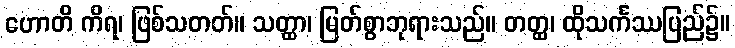
ဟောတိ ကိရ၊ ဖြစ်သတတ်။ သတ္ထာ၊ မြတ်စွာဘုရားသည်။ တတ္ထ၊ ထိုသင်္ကဿပြည်၌။